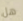
هل